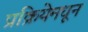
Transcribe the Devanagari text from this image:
प्रक्रियेमधून